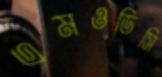
এমওডিসি